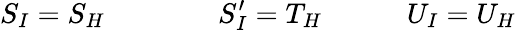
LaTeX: S_{I}=S_{H}\qquad\qquad S_{I}^{\prime}=T_{H}\quad\qquad U_{I}=U_{H}\,